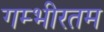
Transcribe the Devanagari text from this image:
गम्भीरतम